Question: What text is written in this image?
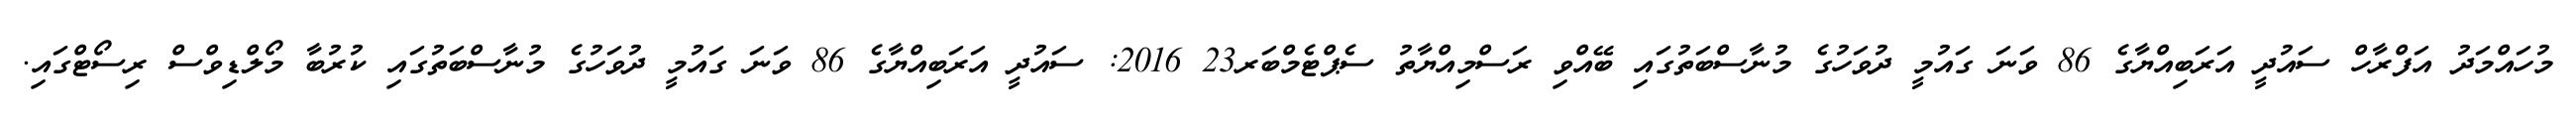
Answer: މުހައްމަދު އަފްރާހް ސައުދީ އަރަބިއްޔާގެ 86 ވަނަ ގައުމީ ދުވަހުގެ މުނާސްބަތުގައި ބޭއްވި ރަސްމިއްޔާތު ސެޕްޓެމްބަރ23 2016: ސައުދީ އަރަބިއްޔާގެ 86 ވަނަ ގައުމީ ދުވަހުގެ މުނާސްބަތުގައި ކުރުބާ މޯލްޑިވްސް ރިސޯޓްގައި.